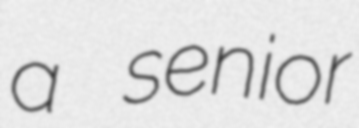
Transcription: a senior